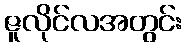
ဇူလိုင်လအတွင်း